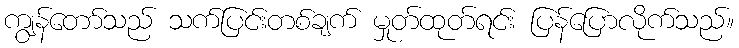
ကျွန်တော်သည် သက်ပြင်းတစ်ချက် မှုတ်ထုတ်ရင်း ပြန်ပြောလိုက်သည်။